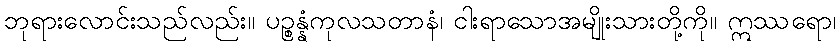
ဘုရားလောင်းသည်လည်း။ ပဉ္စန္နံကုလသတာနံ၊ ငါးရာသောအမျိုးသားတို့ကို။ ဣဿရော၊